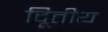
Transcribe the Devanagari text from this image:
दिूतीय